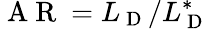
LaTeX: \mathrm{~A~R~}=L_{\mathrm{~D~}}/L_{\mathrm{~D~}}^{*}